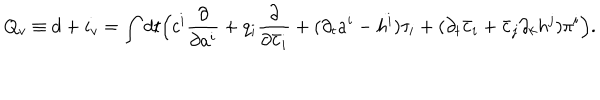
Q _ { v } \equiv d + i _ { v } = \int d t \Bigl ( c ^ { i } \frac { \partial } { \partial a ^ { i } } + q _ { i } \frac { \partial } { \partial \bar { c } _ { i } } + ( \partial _ { t } a ^ { i } - h ^ { i } ) \tau _ { i } + ( \partial _ { t } \bar { c } _ { i } + \bar { c } _ { j } \partial _ { k } h ^ { j } ) \pi ^ { i } \Bigr ) .